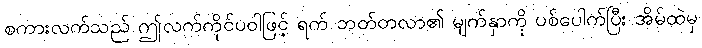
စကားလက်သည် ဤလက်ကိုင်ပဝါဖြင့် ရက် ဘတ်တလာ၏ မျက်နှာကို ပစ်ပေါက်ပြီး အိမ်ထဲမှ